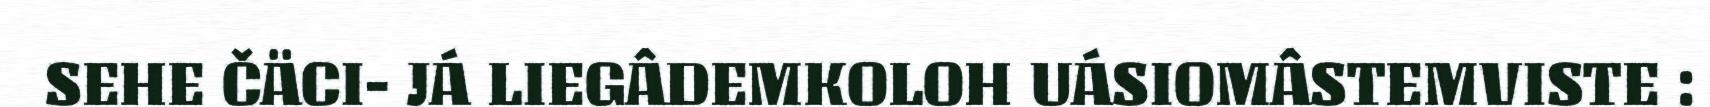
SEHE ČÄCI- JÁ LIEGÂDEMKOLOH UÁSIOMÂSTEMVISTE :